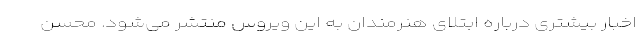
اخبار بیشتری درباره ابتلای هنرمندان به این ویروس منتشر می‌شود. محسن